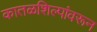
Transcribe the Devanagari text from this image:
कातळशिल्पांवरून